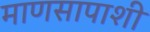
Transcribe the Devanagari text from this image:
माणसापाशी